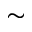
\sim